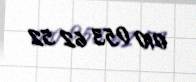
010 053 62 52